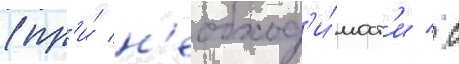
(пр'и́ н'еобход'и́мост'и / с